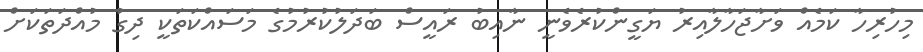
މިހުރިހާ ކަމެއް ވަށާޖަހާލާއިރު ޔަގީންކުރެވެނީ ނާއިބު ރައީސް ބަދަލުކުރުމުގެ މަސައްކަތަކީ ދިގު މުއްދަތަކަށް